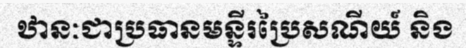
ឋានៈជាប្រធានមន្ទីរប្រៃសណីយ៍ និង